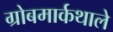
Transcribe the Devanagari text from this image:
ग्रोबमार्कथाले